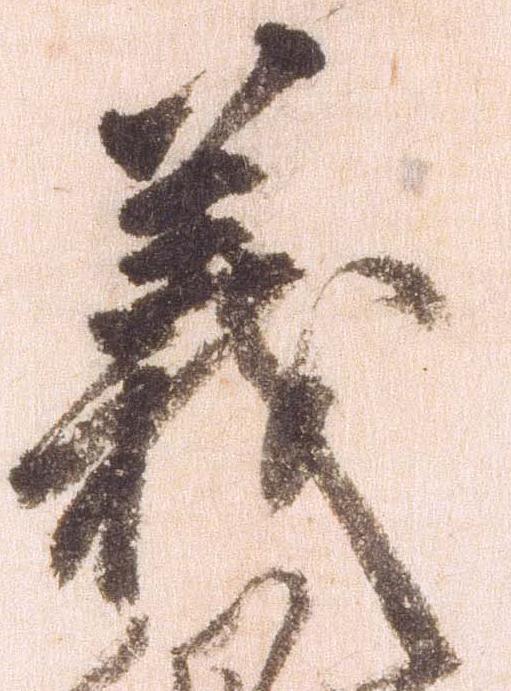
義